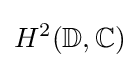
H^{2}(\mathbb {D} ,\mathbb {C} )